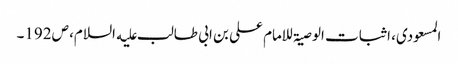
المسعودی، اثبات الوصیۃ للامام علی بن ابی طالب علیه السلام، ص192۔